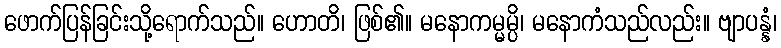
ဖောက်ပြန်ခြင်းသို့ရောက်သည်။ ဟောတိ၊ ဖြစ်၏။ မနောကမ္မမ္ပိ၊ မနောကံသည်လည်း။ ဗျာပန္နံ၊